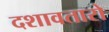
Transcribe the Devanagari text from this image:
दशावतारो